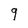
Character: 9